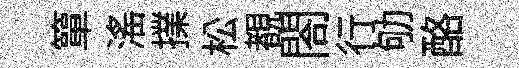
簞滛擈松覩閤行劬酪